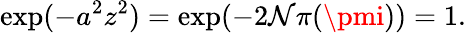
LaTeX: \exp(-a^{2}z^{2})=\exp(-2\mathcal{N}\pi(\pmi))=1.